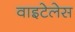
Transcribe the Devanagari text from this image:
वाइटेलेस